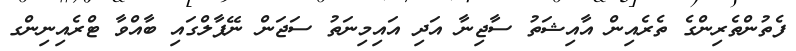
ފެތުންތެރިންގެ ތެރެއިން އާއިޝަތު ސާޖިނާ އަދި އައިމިނަތު ސަޖަން ނޭޕާލްގައި ބާއްވާ ޓްރެއިނިންގ